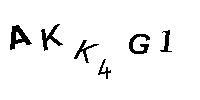
AKK4G1